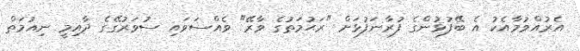
އެރުއްވުމާއެކު އެ ބޭފުޅުންގެ ފުރާނަފުޅަށް "ރަޙުމަތުގެ ވާރޭ" ވެއްސަވައި ސުވަރުގޭގެ ދާއިމީ ނިއުމަތް